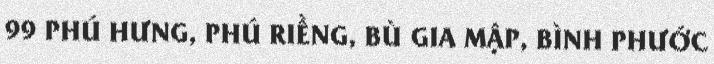
99 PHÚ HƯNG, PHÚ RIỀNG, BÙ GIA MẬP, BÌNH PHƯỚC